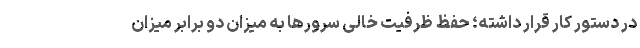
در دستور کار قرار داشته؛ حفظ ظرفیت خالی سرورها به میزان دو برابر میزان